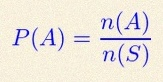
P(A)=\frac{n(A)}{n(S)}